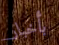
بأخبار